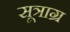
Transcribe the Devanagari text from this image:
सूत्राग्र